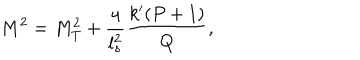
M ^ { 2 } = M _ { T } ^ { 2 } + \frac { 4 } { l _ { s } ^ { 2 } } \frac { k ^ { \prime } ( P + 1 ) } { Q } ,